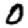
Digit: 0